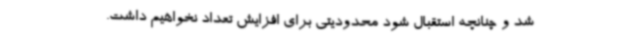
شد و چنانچه استقبال شود محدودیتی برای افزایش تعداد نخواهیم داشت.